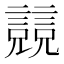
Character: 𧫘